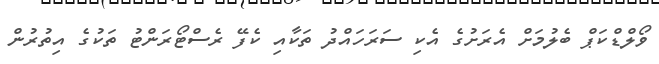
ވޯލްޑްކަޕް ބެލުމަށް އެރަށުގެ އެކި ސަރަހައްދު ތަކާއި ކެފޭ ރެސްޓޯރަންޓު ތަކުގެ އިތުރުން